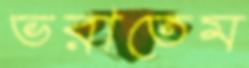
ভরাতেম